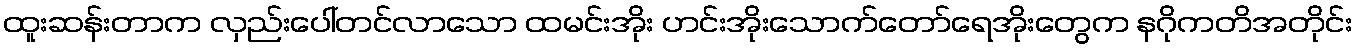
ထူးဆန်းတာက လှည်းပေါ်တင်လာသော ထမင်းအိုး ဟင်းအိုးသောက်တော်ရေအိုးတွေက နဂိုကတိအတိုင်း